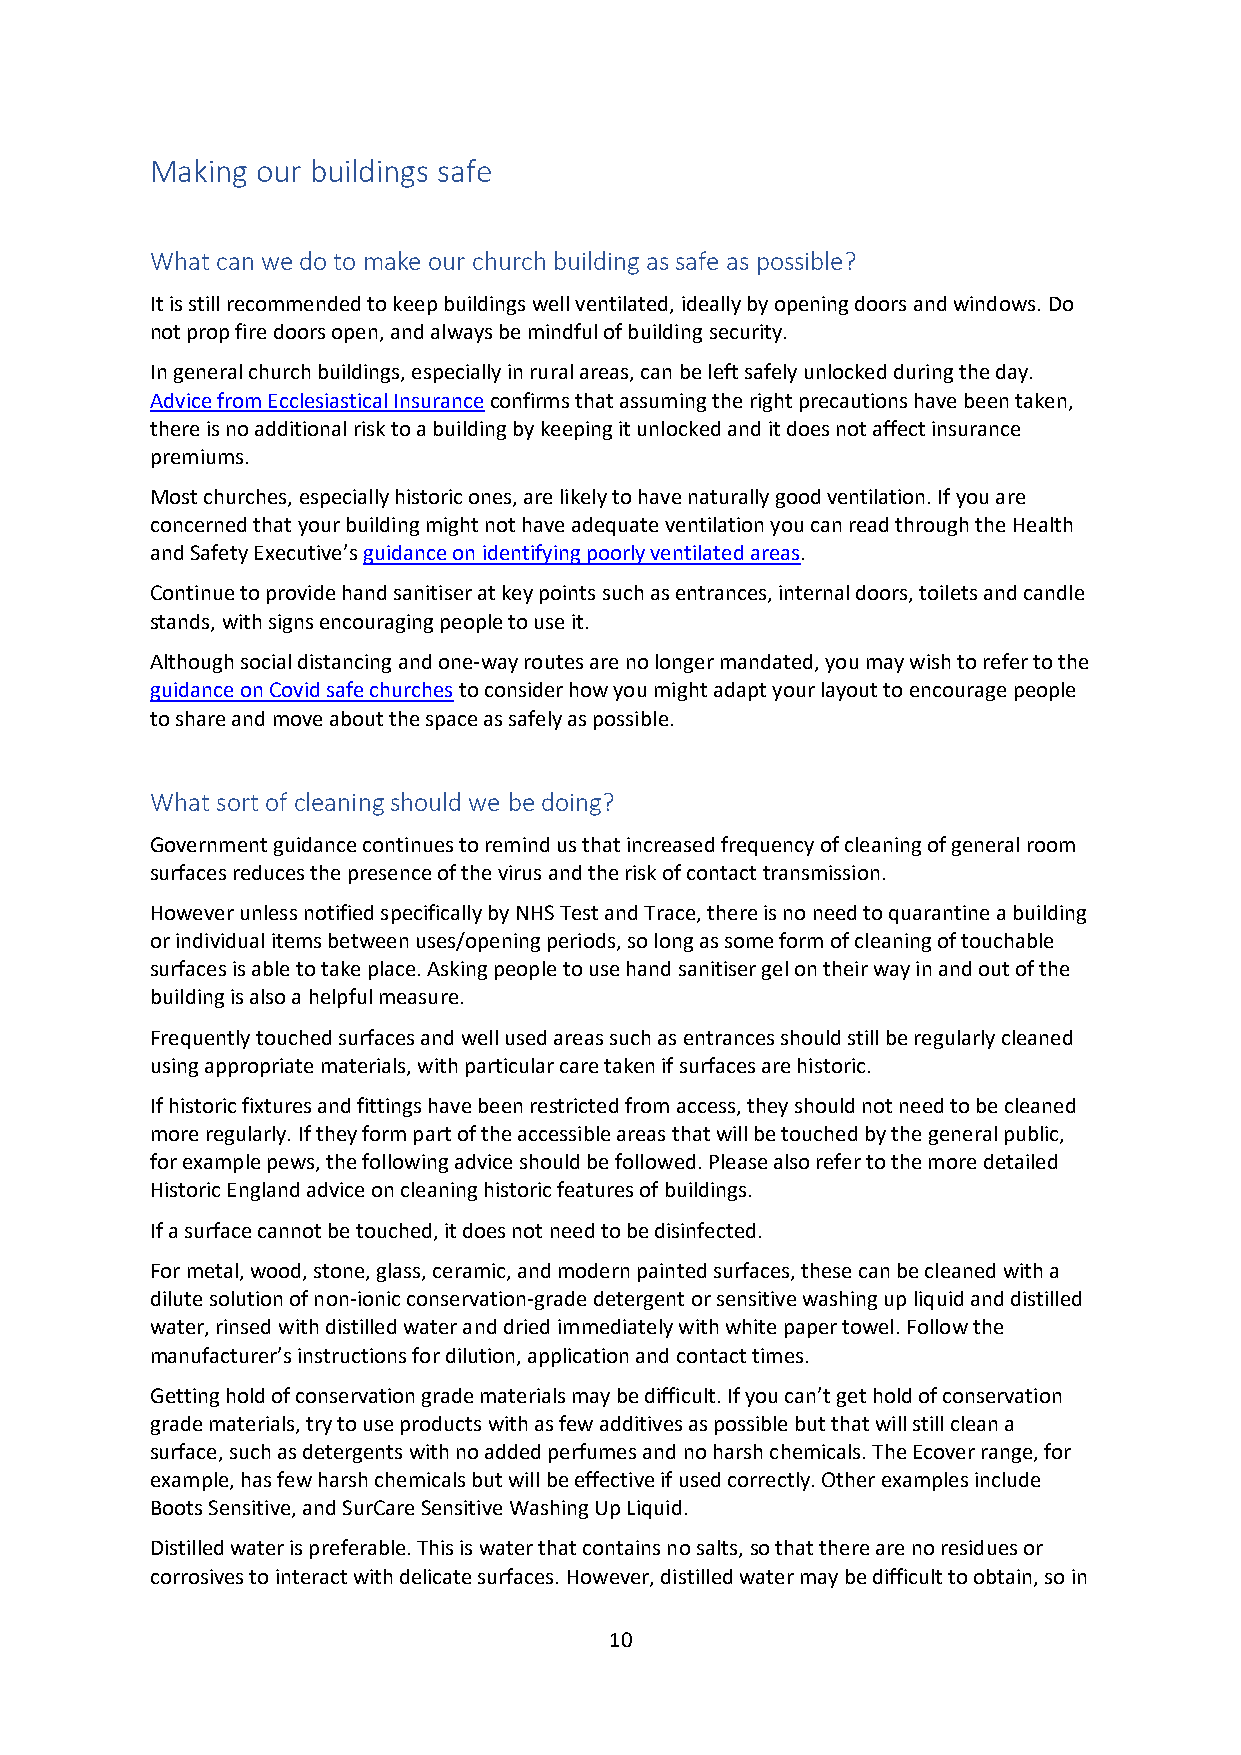
Making our buildings safe
 What can we do to make our church building as safe as possible?
 It is still recommended to keep buildings well ventilated, ideally by opening doors and windows. Do
 not prop fire doors open, and always be mindful of building security.
 In general church buildings, especially in rural areas, can be left safely unlocked during the day.
 Advice from Ecclesiastical Insurance confirms that assuming the right precautions have been taken,
 there is no additional risk to a building by keeping it unlocked and it does not affect insurance
 premiums.
 Most churches, especially historic ones, are likely to have naturally good ventilation. If you are
 concerned that your building might not have adequate ventilation you can read through the Health
 and Safety Executive’s guidance on identifying poorly ventilated areas.
 Continue to provide hand sanitiser at key points such as entrances, internal doors, toilets and candle
 stands, with signs encouraging people to use it.
 Although social distancing and one-way routes are no longer mandated, you may wish to refer to the
 guidance on Covid safe churches to consider how you might adapt your layout to encourage people
 to share and move about the space as safely as possible.
 What sort of cleaning should we be doing?
 Government guidance continues to remind us that increased frequency of cleaning of general room
 surfaces reduces the presence of the virus and the risk of contact transmission.
 However unless notified specifically by NHS Test and Trace, there is no need to quarantine a building
 or individual items between uses/opening periods, so long as some form of cleaning of touchable
 surfaces is able to take place. Asking people to use hand sanitiser gel on their way in and out of the
 building is also a helpful measure.
 Frequently touched surfaces and well used areas such as entrances should still be regularly cleaned
 using appropriate materials, with particular care taken if surfaces are historic.
 If historic fixtures and fittings have been restricted from access, they should not need to be cleaned
 more regularly. If they form part of the accessible areas that will be touched by the general public,
 for example pews, the following advice should be followed. Please also refer to the more detailed
 Historic England advice on cleaning historic features of buildings.
 If a surface cannot be touched, it does not need to be disinfected.
 For metal, wood, stone, glass, ceramic, and modern painted surfaces, these can be cleaned with a
 dilute solution of non-ionic conservation-grade detergent or sensitive washing up liquid and distilled
 water, rinsed with distilled water and dried immediately with white paper towel. Follow the
 manufacturer’s instructions for dilution, application and contact times.
 Getting hold of conservation grade materials may be difficult. If you can’t get hold of conservation
 grade materials, try to use products with as few additives as possible but that will still clean a
 surface, such as detergents with no added perfumes and no harsh chemicals. The Ecover range, for
 example, has few harsh chemicals but will be effective if used correctly. Other examples include
 Boots Sensitive, and SurCare Sensitive Washing Up Liquid.
 Distilled water is preferable. This is water that contains no salts, so that there are no residues or
 corrosives to interact with delicate surfaces. However, distilled water may be difficult to obtain, so in
 10